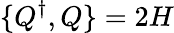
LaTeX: \{ Q^{\dagger},Q\} =2H